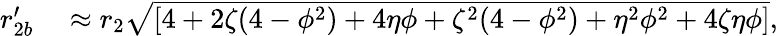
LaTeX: \begin{array}{rl}{r_{2b}^{\prime}}&{{}\approx r_{2}\sqrt{\left[4+2\zeta(4-\phi^{2})+4\eta\phi+\zeta^{2}(4-\phi^{2})+\eta^{2}\phi^{2}+4\zeta\eta\phi\right]},}\end{array}